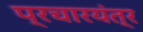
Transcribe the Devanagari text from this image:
प्रचारयंत्र